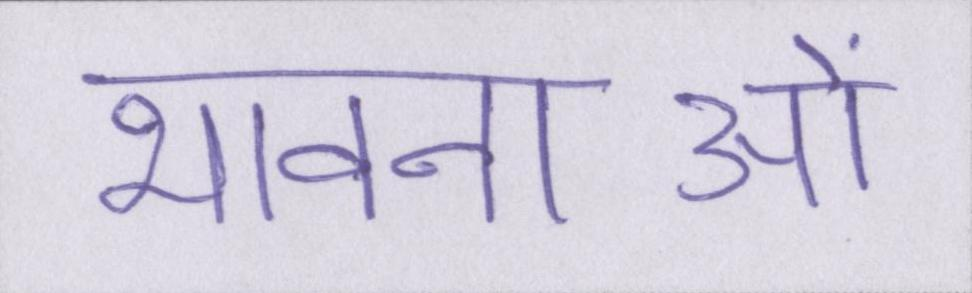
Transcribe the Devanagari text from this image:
भावनाओं